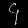
Digit: ၄